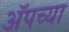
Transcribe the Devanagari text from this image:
ॲपच्या